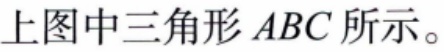
上图中三角形 \(ABC\) 所示。